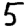
Digit: 5